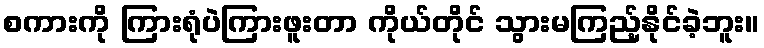
စကားကို ကြားရုံပဲကြားဖူးတာ ကိုယ်တိုင် သွားမကြည့်နိုင်ခဲ့ဘူး။